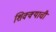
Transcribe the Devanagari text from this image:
शिक्क्याची